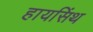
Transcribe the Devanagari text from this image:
हायसिंथ